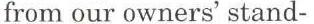
from our owners' stand-